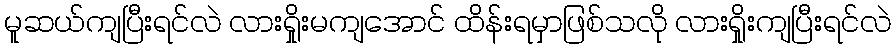
မူဆယ်ကျပြီးရင်လဲ လားရှိုးမကျအောင် ထိန်းရမှာဖြစ်သလို လားရှိုးကျပြီးရင်လဲ